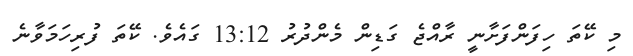
މި ކޭތަ ހިފަންފަށާނީ ރާއްޖެ ގަޑިން މެންދުރު 13:12 ގައެވެ. ކޭތަ ފުރިހަމަވާނެ